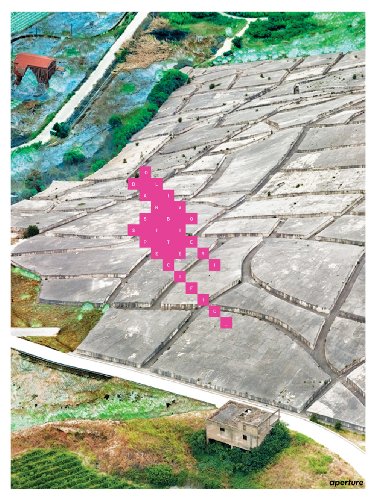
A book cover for Olivo Barbieri: Site Specific; Arts & Photography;